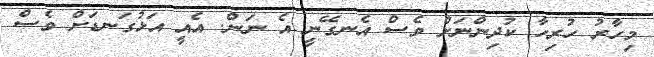
މިހާރު ހުރިހާ ކުދިންނަށް ވެސް އެނގޭނީ އެ ނަން. އެއީ އަޅުގަނޑަށް ވެސް